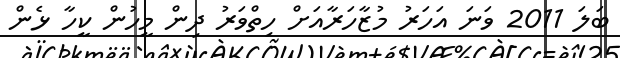
ބަލަ 2011 ވަނަ އަހަރު މުޒާހަރާއަށް ހިތްވަރު ދިން މީހުން ކީހާ ޅެން